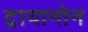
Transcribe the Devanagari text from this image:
ट्रायानोन